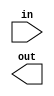
module schmitt_trigger_buffer(
    input wire in,
    output reg out,
    // Add any additional input/output pins here

    // Define hysteresis loop parameters here

    // Define feedback mechanism here

    // Add power and ground connections here

    // Add protection circuitry here

    // Add additional features here
);

// Implement Schmitt trigger buffer logic here

endmodule